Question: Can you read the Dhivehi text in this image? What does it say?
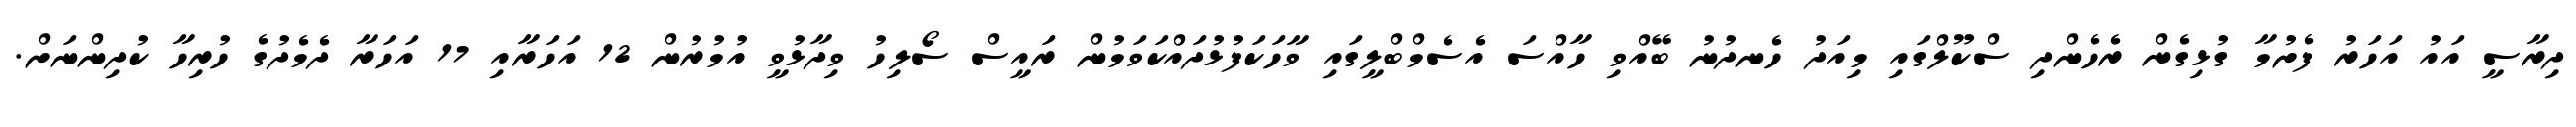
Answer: ދިރާސީ އައު އަހަރު ފެށުމާ ގުޅިގެން ރެހެންދި ސްކޫލްގައި މިއަދު ހެނދުނު ބޭއްވި ހާއްސަ އެސެމްބްލީގައި ވާހަކަފުޅުދައްކަވަމުން ރައީސް ސޯލިހު ވިދާޅުވީ އުމުރުން 12 އަހަރާއި 17 އަހަރާ ދެމެދުގެ ހުރިހާ ކުދިންނަށް.